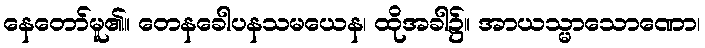
နေတော်မူ၏။ တေနခေါပနသမယေန၊ ထိုအခါ၌။ အာယသ္မာသောဏော၊